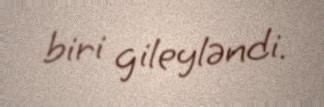
biri gileyləndi.